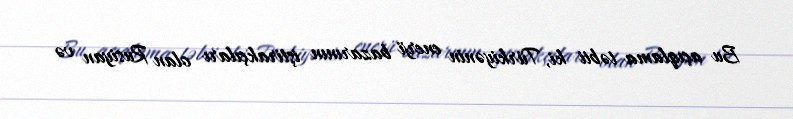
Bu açıqlama təbii ki, Türkiyənin enerji bazarının iştirakçıları olan Rusiyan və